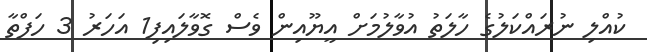
ކުއްލި ނުރައްކަލުގެ ހާލަތު އުވާލުމަށް އީޔޫއިން ވެސް ގޮވާލައިފި1 އަހަރު 3 ހަފްތާ